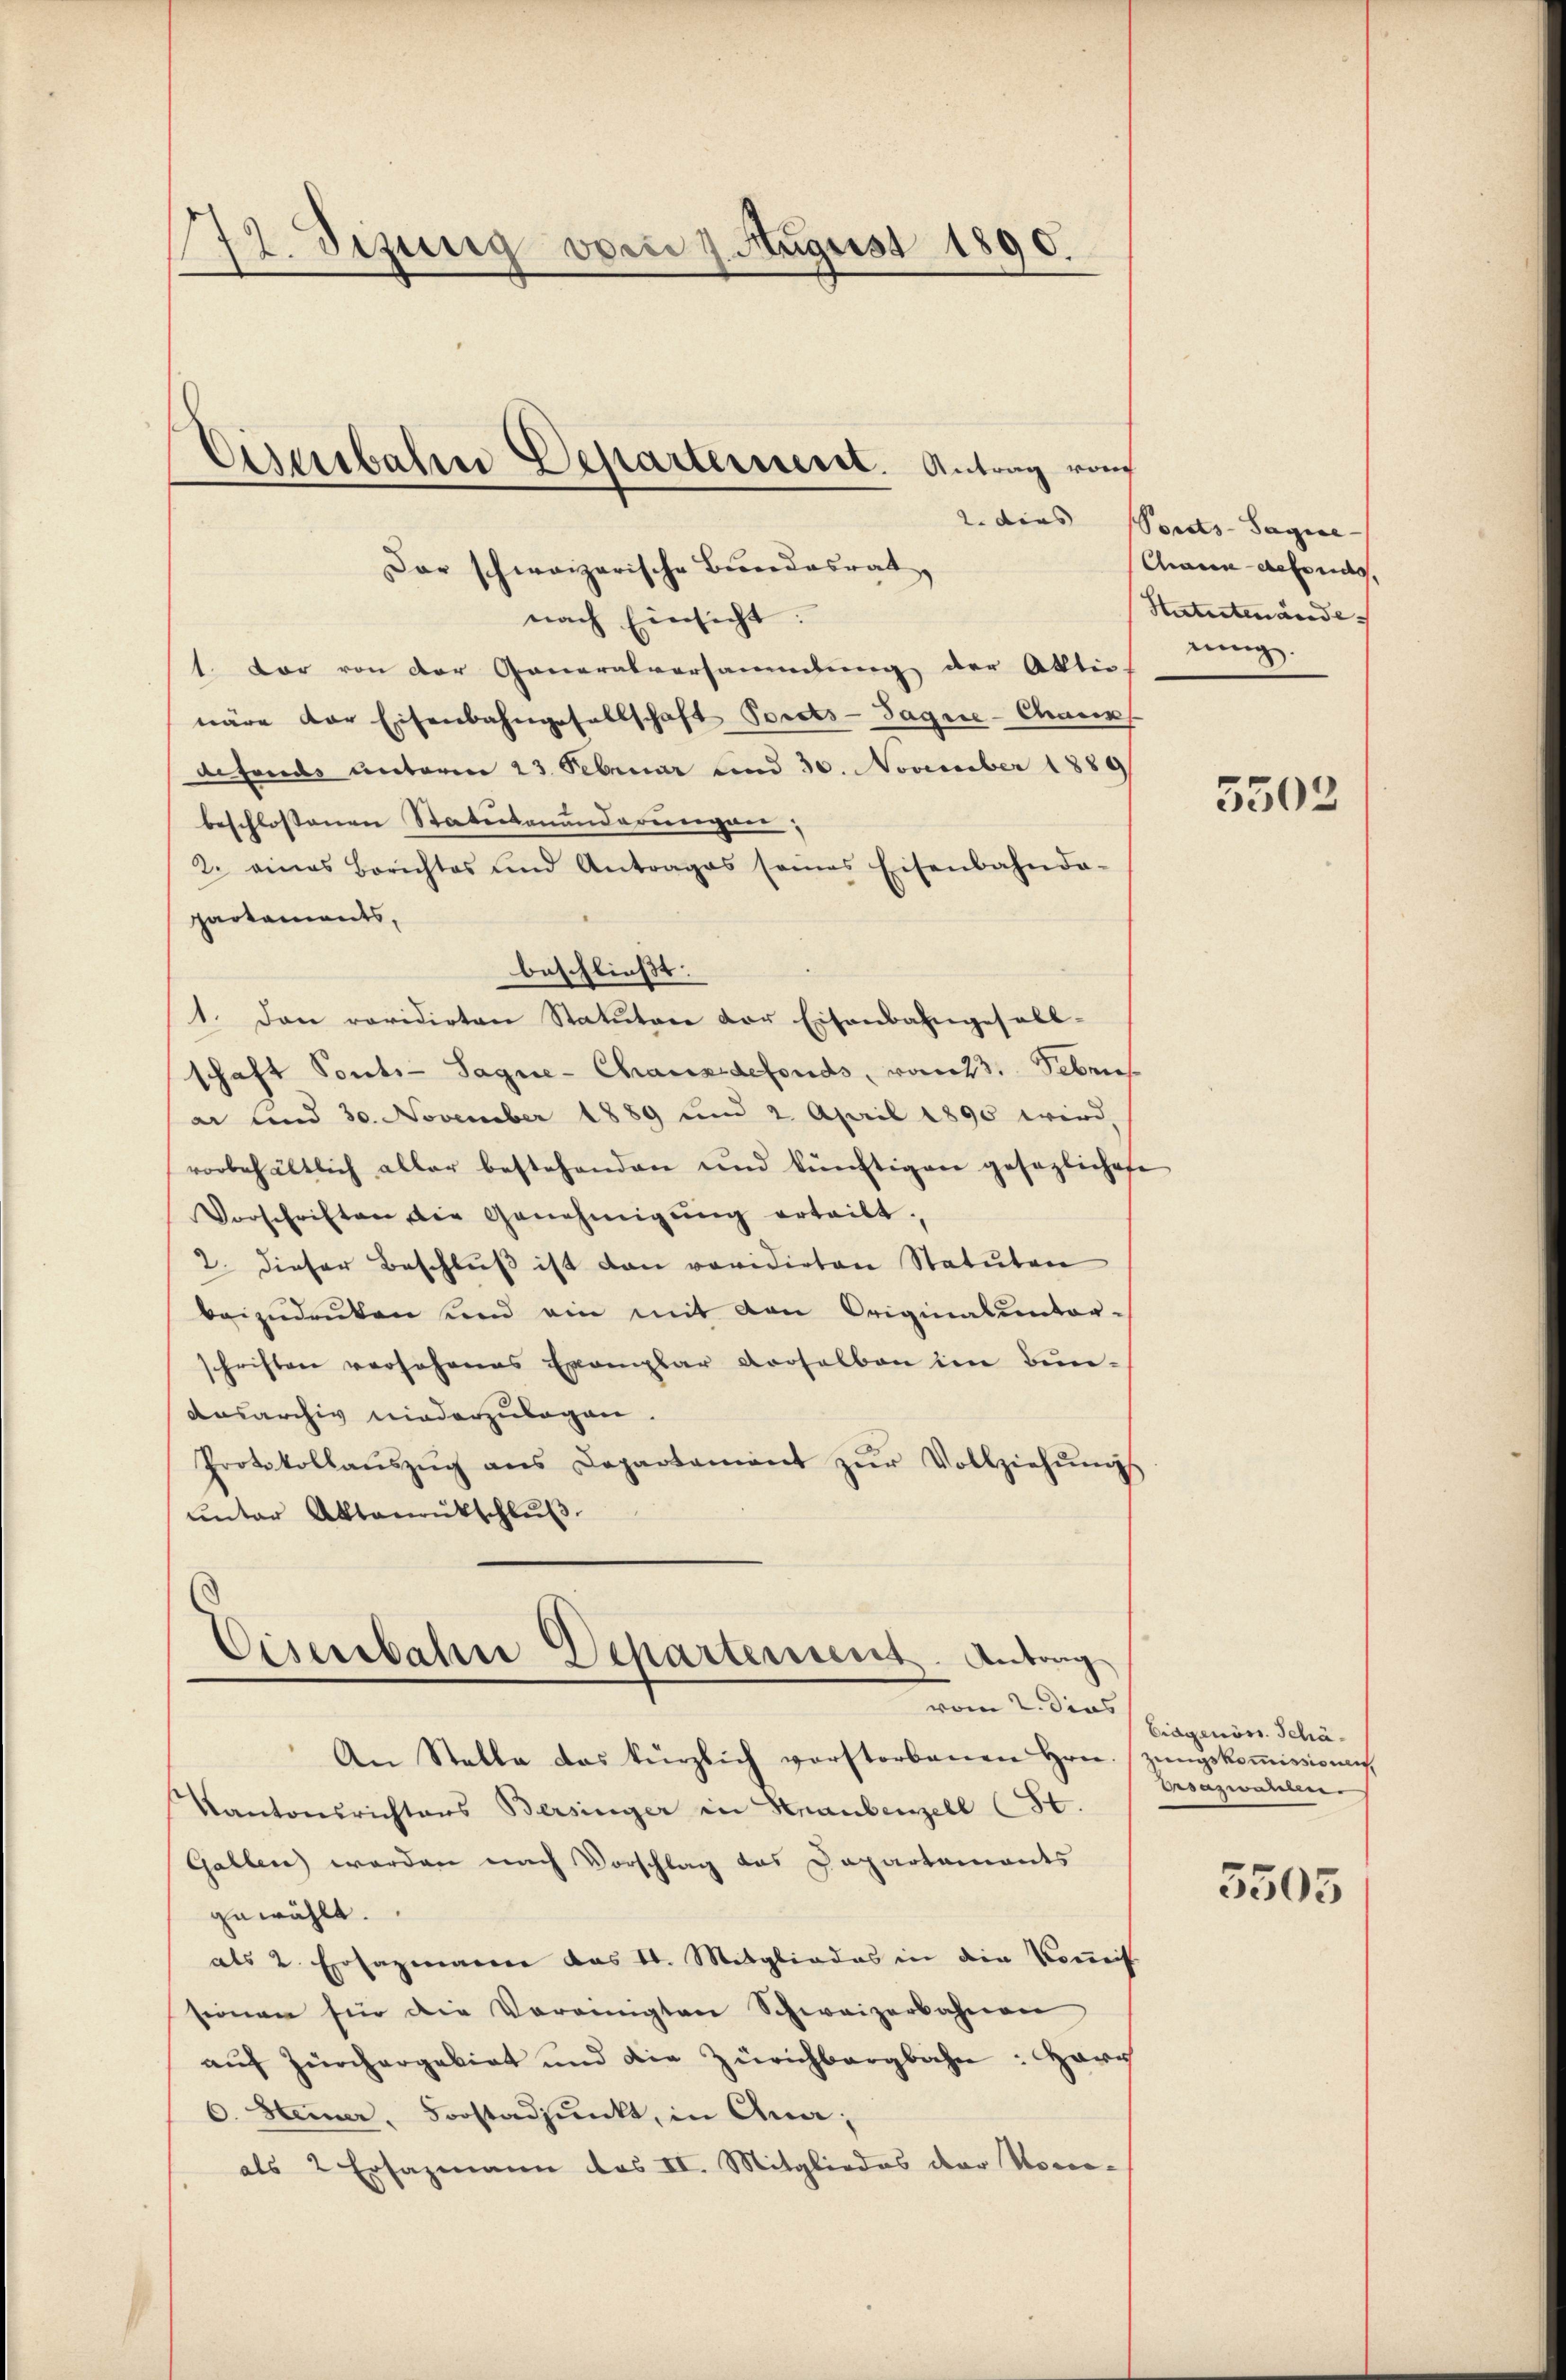
172. Setzung vom 7. August 1890.

Dar schweizerische Bundesrat,
nach Einsicht:
1. Der von der Generalversammlung der Aktiv
wäre der Eisenbahngesellschaft Porats-Sague-Chaus
defonds unterm 23. Februar und 30. November 1889
beschlossenen Statutenanderungen
2. eines Berichtes und Antrages seines Eisenbahnda-
partaments,
beschließt:
1. Dan revidirten Statuten der Eisenbahngesell-
schaft Sont. - Sagne- Chaus defonds, vom 23. Feben
ar und 30. November 1889 und 2. April 1890 wird,
vorbehältlich aller bestehenden und künftigen gesezlichete
Vorschriften die Genehmigŭng erteilt.
2. dieser Beschlŭβ ist dan revidirten Statuten
beizudenken und ein mit von Originalunter-
schriften versehenes Exemplar verselben im Bun-
Ausarchiv niederzulagen.
Protokollaŭszŭg ans Departement zŭr Vollziehŭngs
unter Aktenrütschluß.

Aresbahn Departement. Antrag von

.
Cisenbahn Departement. Antrag
vom 2. Dies

An Stelle das kürzlich vorstorbenen Hrn.
Kantonsrichtens Bersinger in Kraubenzell (St.
Gallen werden nach Vorschlag das Dapartaments
zuwählt.
als 2. Ersazmanne das V. Mitgliedes in die Koṁis
sionen für die Vereinigten Schweizerbahnen
auf Zürchergebiet und die Zürichbargbahn: Herz
6. Heiner Forstadpŭnkt, in Ana;
als 2 Ersazmann das II. Mitgliedes der Nomo-

2. dies Porats-Sagie
Charin gehends,
Statutenände. |
ning.

5303

Eidgenöss. Schäzungskommissionen.
Ersazwanen
5505